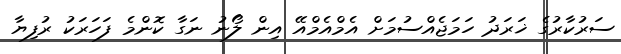
ސަރުކާރުގެ ޚަރަދު ހަމަޖެއްސުމަށް އެމްއެމްއޭ އިން ލޯނު ނަގާ ކޮންމެ ފަހަރަކު ރުފިޔާ